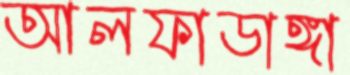
আলফাডাঙ্গা